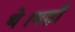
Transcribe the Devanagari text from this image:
थे।यहाँ